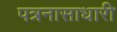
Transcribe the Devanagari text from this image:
पत्रनासाधारी